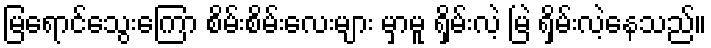
မြရောင်သွေးကြော စိမ်းစိမ်းလေးများ မှာမူ ရှိမ်းလဲ့ မြဲ ရှိမ်းလဲ့နေသည်။